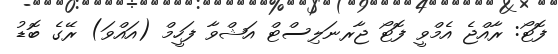
ފޮޓޯ: ރާއްޖެ އެމްވީ ފޮޓޯ ޖާރނަލިސްޓް އަޝްވާ ފަހީމް (އައްވަ) ރޭގެ ބޮޑު